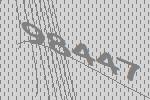
98447